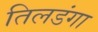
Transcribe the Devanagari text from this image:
तिलडंगा